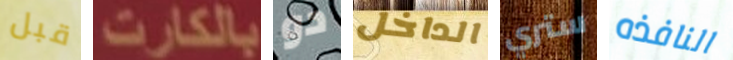
قبل بالكارت دو الداخل ستري النافذه